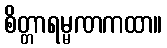
စိတ္တာရမ္မဏကထာ။